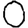
Digit: 0